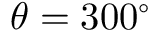
\theta = 3 0 0 ^ { \circ }